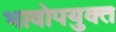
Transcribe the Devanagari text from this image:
भावोपयुक्त